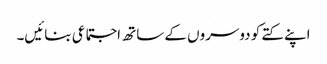
اپنے کتے کو دوسروں کے ساتھ اجتماعی بنائیں۔